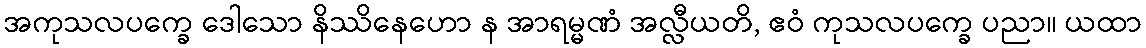
အကုသလပက္ခေ ဒေါသော နိဿိနေဟော န အာရမ္မဏံ အလ္လီယတိ, ဧဝံ ကုသလပက္ခေ ပညာ။ ယထာ